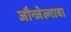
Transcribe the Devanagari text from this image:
जौन्जेल्गावा